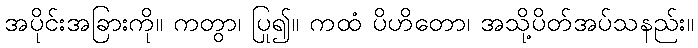
အပိုင်းအခြားကို။ ကတွာ၊ ပြု၍။ ကထံ ပိဟိတော၊ အသို့ပိတ်အပ်သနည်း။